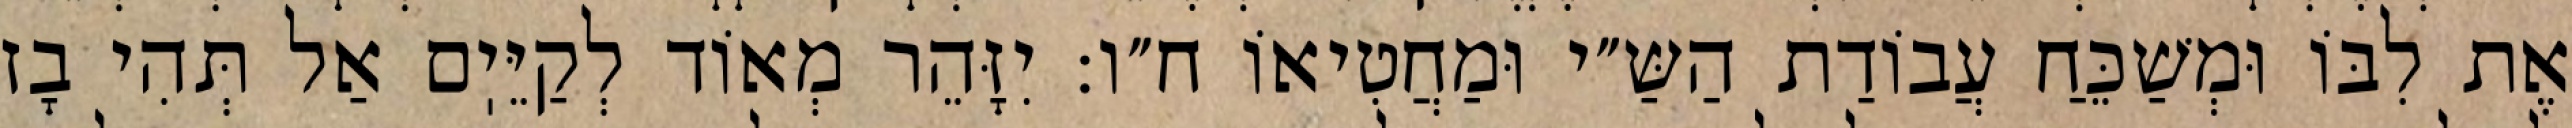
אֶת לִבּוֹ וּמְשַׁכֵּחַ עֲבוֹדַת הַשַּ״י וּמַחֲטִיאוֹ ח״ו: יִזָּהֵר מְאוֹד לְקַיֵּיֽם אַל תְּהִי בָז